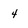
Character: 4